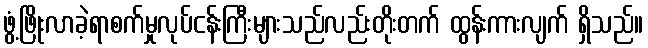
ဖွံ့ဖြိုးလာခဲ့ရာစက်မှုလုပ်ငန်းကြီးများသည်လည်းတိုးတက် ထွန်းကားလျက် ရှိသည်။